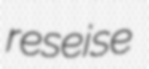
reseise